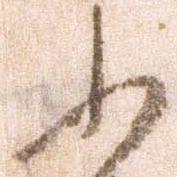
ふ